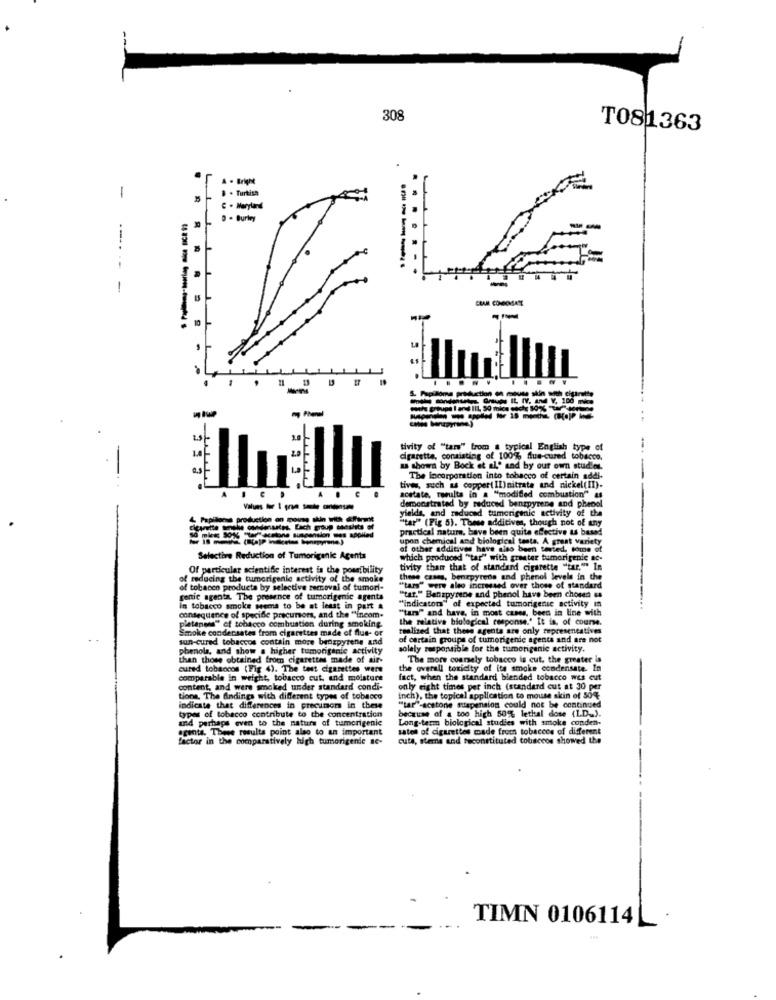
308
T081363
. Turkish
-
D . Burley
---
.-
-
CRAM COMOKMSATE
. .
-
--------
1.0
tivity of "tars" from a typical English type of
cigarette, consisting of 100% flue-cured tobacco.
u shown by Bock et al' sad by our own studier.
The incorporation into tobacco of certain addi-
tives, such as copper(II)nitrate and nickel(II).
acetate, results in a "modified combustion" as
demonstrated by reduced benzpyrene and phenol
yielda, and reduced tumorigenic activity of the
4. Papilloma production on mouse skin with affärmit
"tar" (Fig 5). These additives, though not of any
cicaatte wiele oudenantes. Each group sanshits of
practical nature, have been quite effective us based
upon chemical and biological testa. A great variety
of other additives have also been sented. tome of
Selective Reduction of Tumorigenic Agents
which produced "tar" with greater tumorigenic ac-
Of particular scientific interest is the possibility
tivity than that of standard cigarette "tar."" In
reducing the tumorigenic activity of the smoke
these cases, benzpyrene and phenol levele in the
of tobacco products by selective removal of tumori-
"tars" were also incrossed over those of standard
genic agenta. The presence of tumorigenic agents
"tar." Benzpyrene and phenol have been chosen as
in tobacco smoke seems to be at least in part &
"indicator" of expected tumorigente activity In
"tam" and have, in most cases, been in line with
----...
consequence of specifie precursor, and the "incom.
the relative biological response." It is, of course.
Smoke condensates from cigarettes made of flue- or
platanens" of tobacco combustion during smoking.
realized that these agents are only representatives
sun-cured tobaccos contain more benzpyrene and
of certain groupe of tumorigenic agents and are not
phenols, and show a higher tumorigenic activity
solely responsible for the tumorigenic activity.
than those obtained from cigarettes made of air-
The more coarsely tobacco is cut, the greater is
cured tobancos (Fig 4). The test cigarettes were
the overall toxicity of its smoke condensate. In
comparable in weight, tobacco cut, and moisture
fact, when the standard blended tobacco wes cut
content, and were smoked under standard condi-
only eight times per inch (standard cut at 30 per
tione. The findings with different types of tobacco
inch), the topical application to mouse skin of 504
indicate that differences in precumors in these
"tar"-acetone suspension could not be continued
because of a too high 50%% lethal dowe (LD_).
types of tobacco contribute to the concentration
and perhaps even to the nature of tumorigenic
Long-term biological studies with smoke conden-
scents. These results point also to an important
satel of cigarettes made from tobaccos of different
factor in the comparatively hugh tumorigenic nc-
cute, steme and reconstituted tobaccos showed the
TIMN 0106114